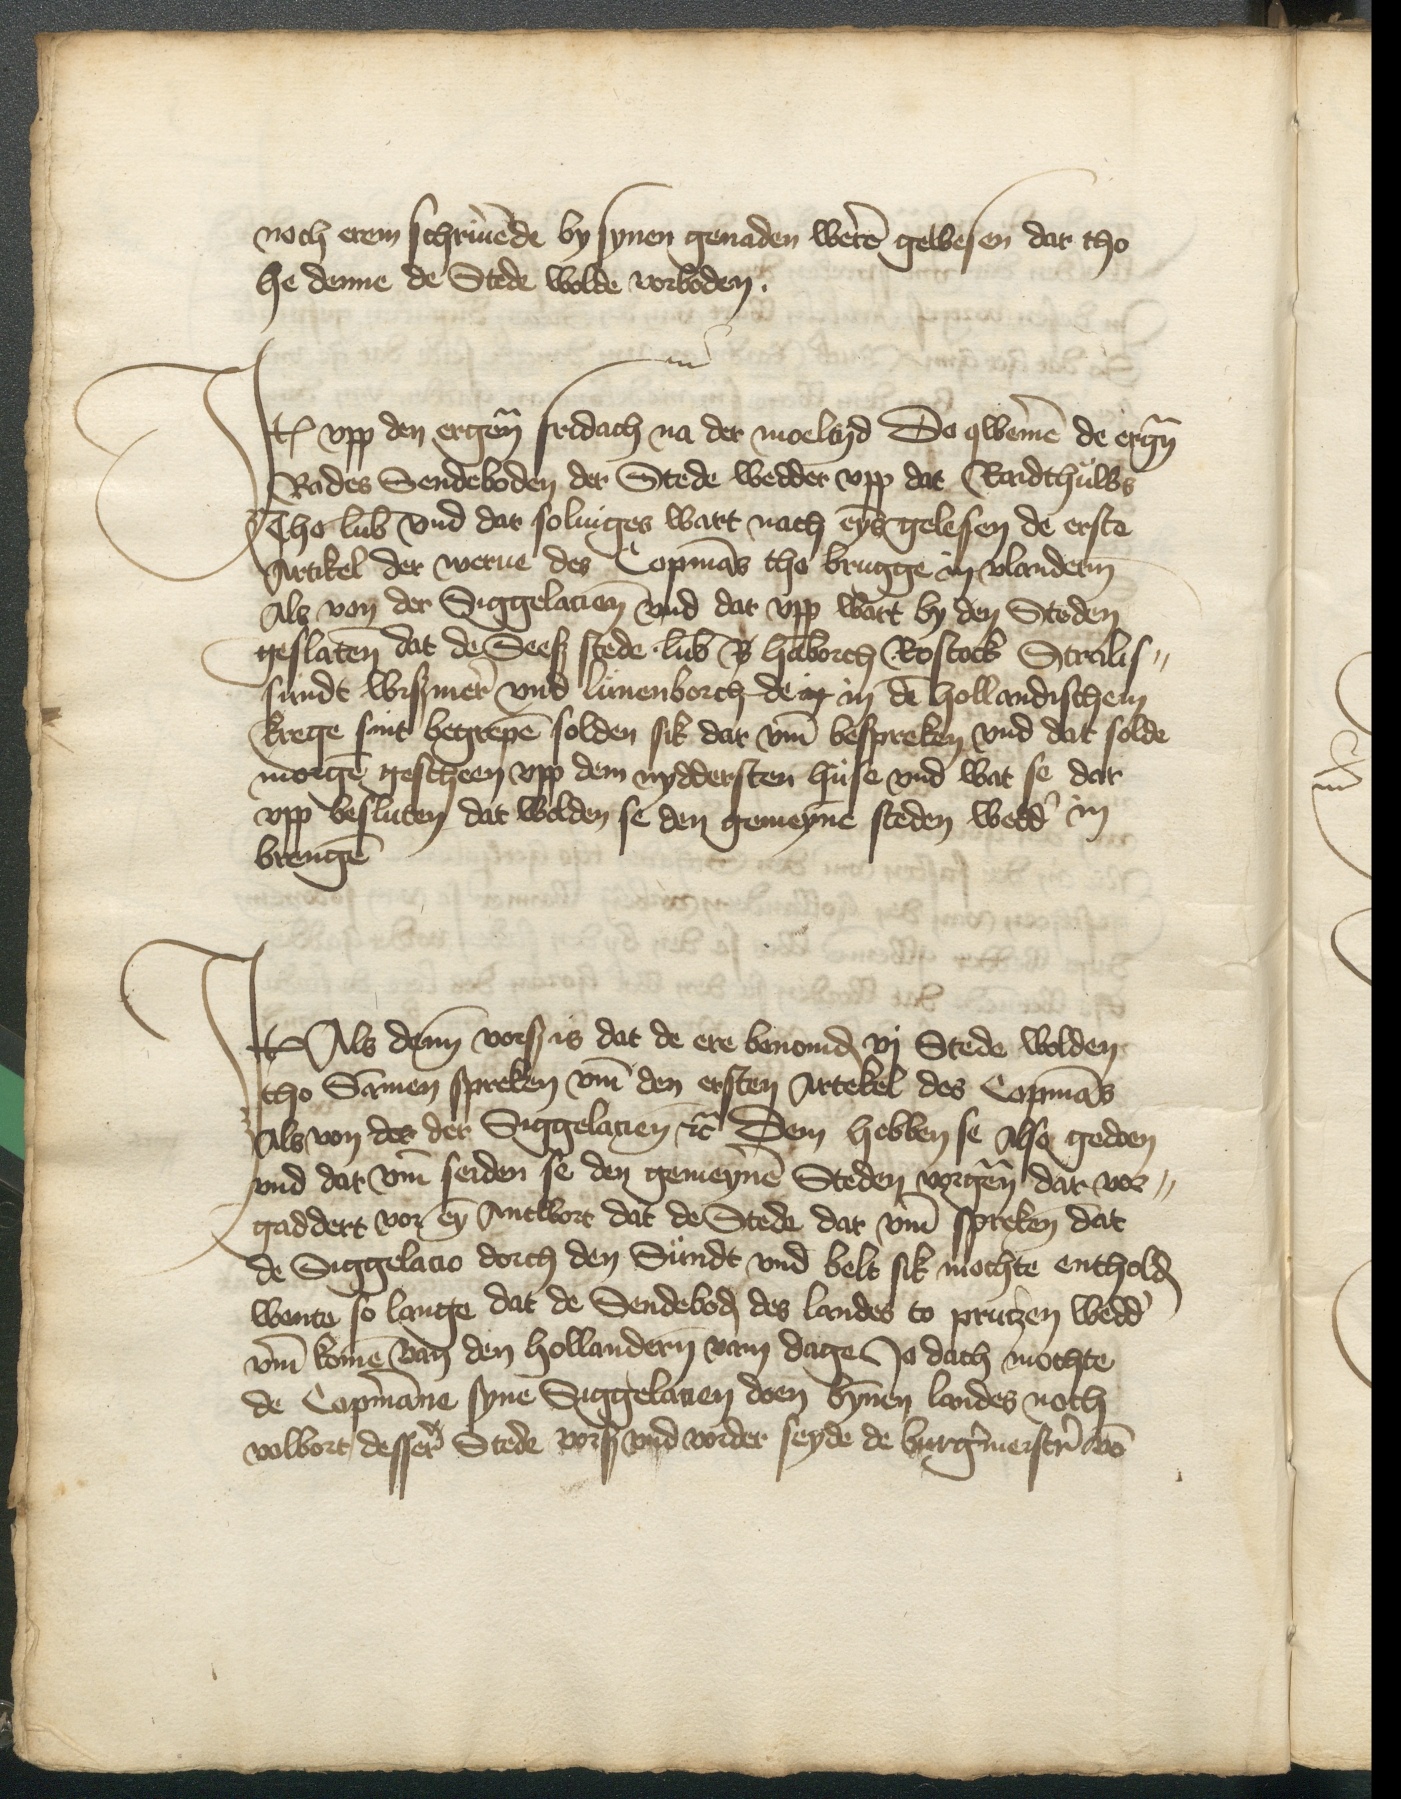
noch erem schriuende by synen genaden weren gewesen dar tho
he denne de Stede wolde vorboden.

Jtem vpp den ergenomden fridach na der moeltyd So qwemen de ergenomden
Rades Sendeboden der Stede wedder vpp dat Raidthuws
Tho Lubeke vnd dar soluiges wart nach eyns gelesen de erste
Artikel der werue des Copmans tho Brugge in Vlandern
Als von der Siggelatien vnd dar vpp wart by den Steden
geslaten dat de Seeß stede Lubeke B Hamborch Rostock Stralis¬
sundt Wißmer vnd Lunenborch de y in den Hollandischem
Krege sint begrepen solden sik dar vmme bespreken vnd dat solde
morgen gescheen vpp dem nyddersten huse vnd wat se dar
vpp besluten dat wolden se den gemeynen steden wedder in
brengen

Item Als denn vorscreuen is dat de ere benomde vj Stede wolden
Jtho Sammen spreken vnde den ersten Artekel des Copmans
Als von der der Siggelacien etc Dem hebben se also gedoen
vund dar vmme seiden se den gemeynen Steden vorgenomed dar vor¬
gaddert vor eyn Antwort dat de Stede dat vmme spreken dat
De Siggelatio dorch den Sundt vnd belt sik mochte entholden
wente so lange dat de Sendeboden des landes to Prutzen wedder
vmme komen van den Hollandern vam dage Jo doch mochte
de Copmanne syne Siggelatien doen bynnen landes noth
volbort desser Stede vorscreuen vnd vorder seyde de burgermeistren von